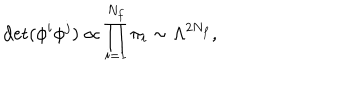
LaTeX: \det ( \phi ^ { i } \phi ^ { j } ) \propto \prod _ { i = 1 } ^ { N _ { f } } \pi _ { i } \sim \Lambda ^ { 2 N _ { f } } ,